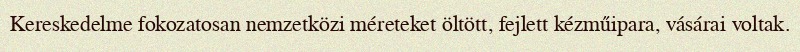
Kereskedelme fokozatosan nemzetközi méreteket öltött, fejlett kézműipara, vásárai voltak.